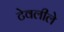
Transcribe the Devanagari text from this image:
टेवलीले